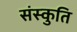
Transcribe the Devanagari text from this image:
संस्कुति